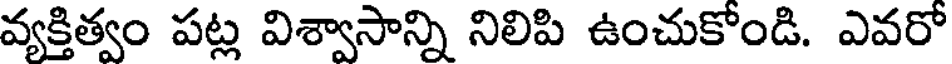
వ్యక్తిత్వం పట్ల విశ్వాసాన్ని నిలిపి ఉంచుకోండి. ఎవరో